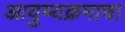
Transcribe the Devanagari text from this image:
आयुष्यक्रमाचा